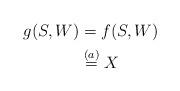
LaTeX: \begin{align*}g(S,W)&=f(S,W)\\&\overset{(a)}{=}X\end{align*}